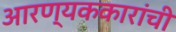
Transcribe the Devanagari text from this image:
आरण्यककारांची